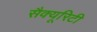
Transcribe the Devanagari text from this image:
सैक्यूरिटी